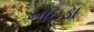
નોઇડા